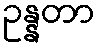
ဥန္နတာ